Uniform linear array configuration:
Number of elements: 32
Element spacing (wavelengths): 0.5
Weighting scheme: blackman
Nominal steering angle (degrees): -60
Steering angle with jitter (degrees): -59.867
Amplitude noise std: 0.05
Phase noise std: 0.05

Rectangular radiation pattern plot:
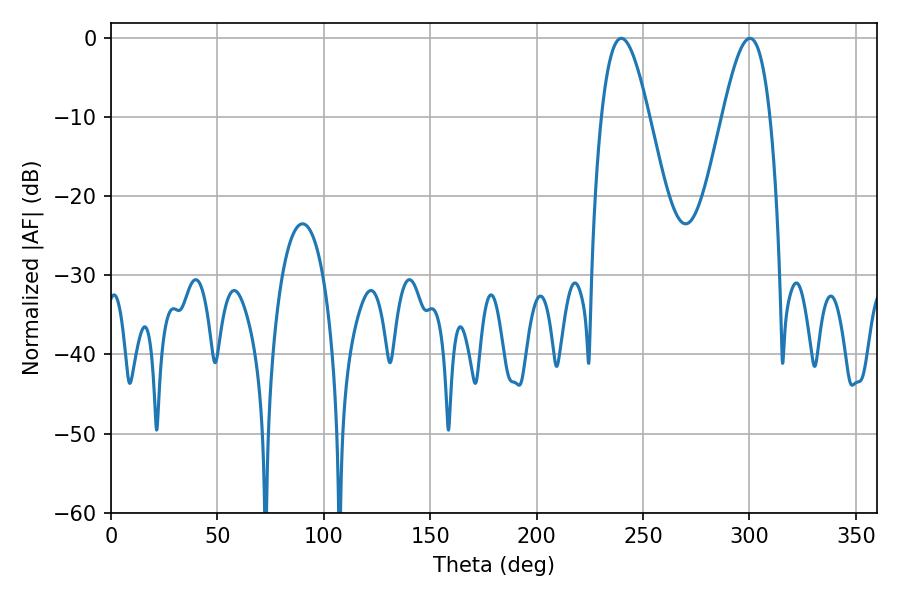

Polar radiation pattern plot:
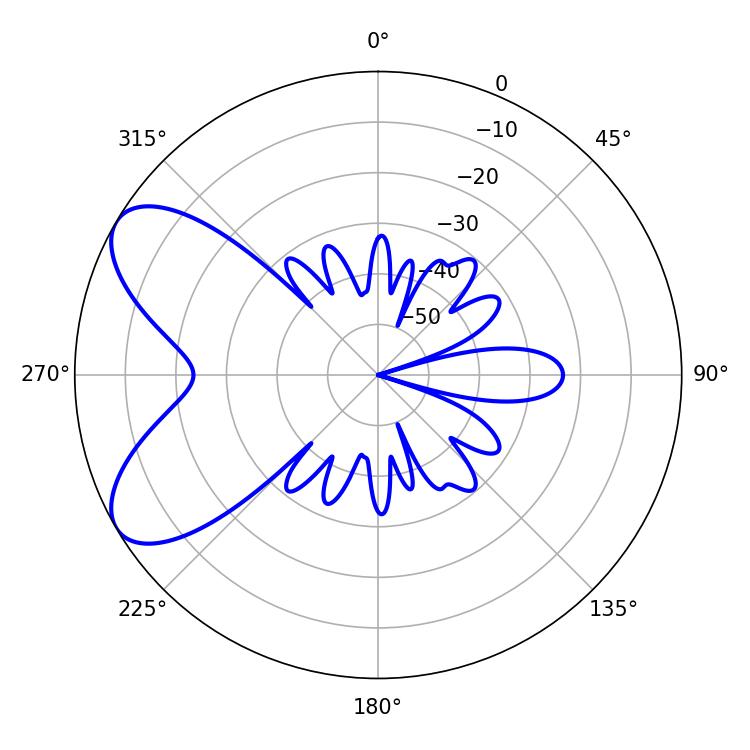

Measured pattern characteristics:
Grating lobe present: FALSE
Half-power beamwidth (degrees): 12.06
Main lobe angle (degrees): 300.24